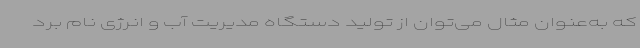
که به‌عنوان مثال می‌توان از تولید دستگاه مدیریت آب و انرژی نام برد